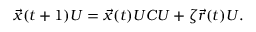
\begin{array} { r } { \vec { x } ( t + 1 ) U = \vec { x } ( t ) U C U + \zeta \vec { r } ( t ) U . } \end{array}